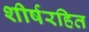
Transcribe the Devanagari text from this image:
शीर्षरहित